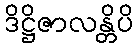
ဒိဋ္ဌိဇာလန္တိပိ